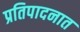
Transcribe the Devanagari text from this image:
प्रतिपादनात